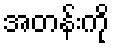
အတန်းကို